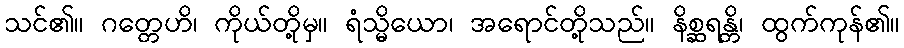
သင်၏။ ဂတ္တေဟိ၊ ကိုယ်တို့မှ။ ရံသ္မိယော၊ အရောင်တို့သည်။ နိစ္ဆရန္တိ၊ ထွက်ကုန်၏။